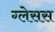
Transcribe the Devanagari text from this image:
ग्लेसस